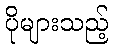
ပိုများသည့်